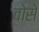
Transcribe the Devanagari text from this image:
वोसे